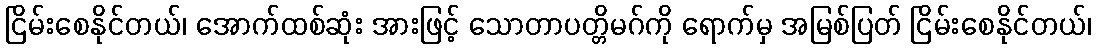
ငြိမ်းစေနိုင်တယ်၊ အောက်ထစ်ဆုံး အားဖြင့် သောတာပတ္တိမဂ်ကို ရောက်မှ အမြစ်ပြတ် ငြိမ်းစေနိုင်တယ်၊